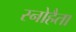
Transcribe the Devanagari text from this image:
स्नोहैता